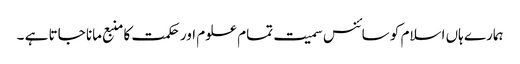
ہمارے ہاں اسلام کو سائنس سمیت تمام علوم اور حکمت کا منبع مانا جاتا ہے ۔